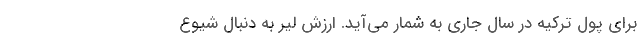
برای پول ترکیه در سال جاری به شمار می‌آید. ارزش لیر به دنبال شیوع